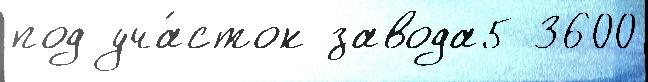
под уча́сток завода5 3600